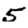
Digit: 5